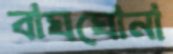
বাঘঘোনা